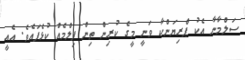
ސަލްމާނާ އެކު ޕްރިޔަންކާ ވަނީ މީގެ ކުރިން ތިން ފިލްމެއް ކުޅެފައެވެ. އެއީ